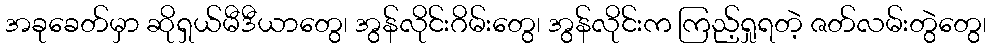
အခုခေတ်မှာ ဆိုရှယ်မီဒီယာတွေ၊ အွန်လိုင်းဂိမ်းတွေ၊ အွန်လိုင်းက ကြည့်ရှုရတဲ့ ဇတ်လမ်းတွဲတွေ၊